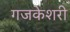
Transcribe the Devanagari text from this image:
गजकेशरी